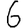
Digit: 6